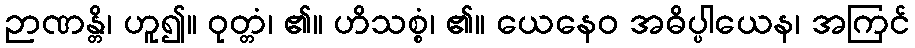
ဉာဏန္တိ၊ ဟူ၍။ ဝုတ္တံ၊ ၏။ ဟိသစ္စံ၊ ၏။ ယေနေဝ အဓိပ္ပါယေန၊ အကြင်